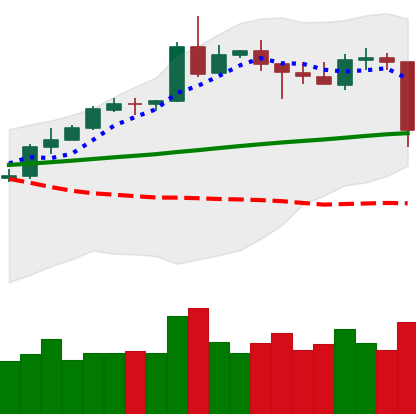
Ticker: ETH-USD
Chart end date: 2020-05-10
Forward return: 3.724%
Label: up_3_5